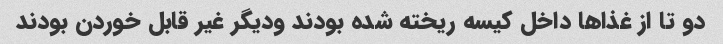
دو تا از غذا‌ها داخل کیسه ریخته شده بودند ودیگر غیر قابل خوردن بودند